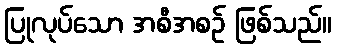
ပြုလုပ်သော အစီအစဉ် ဖြစ်သည်။